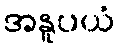
အနူပယံ